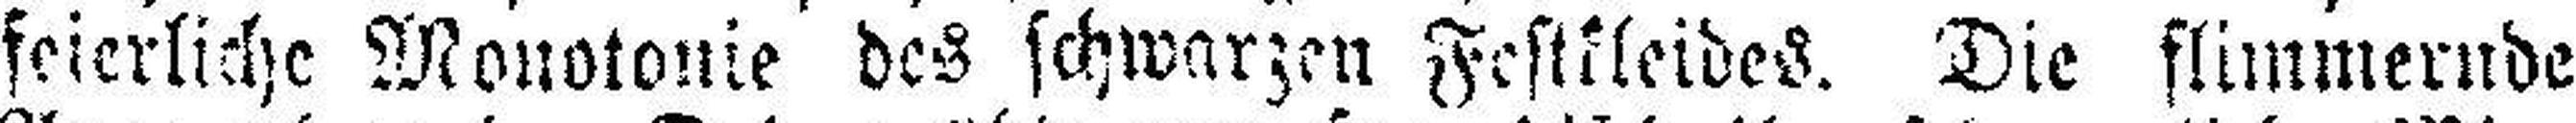
feierliche Monotonie des schwarzen Festkleides. Die flimmernde